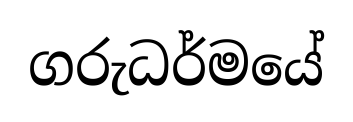
ගරුධර්මයේ